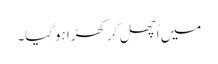
میں اُچھل کر کھڑا ہوگیا۔